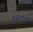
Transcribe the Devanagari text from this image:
तालाशी